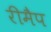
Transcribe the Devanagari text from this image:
रीमैप